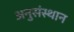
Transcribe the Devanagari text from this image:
अनुसंस्थान